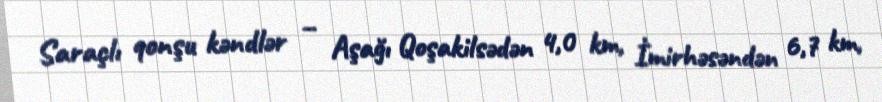
Saraçlı qonşu kəndlər – Aşağı Qoşakilsədən 4,0 km, İmirhəsəndən 6,7 km,